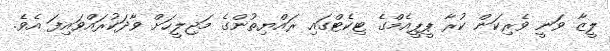
ލީޒާ ވަނީ ވެރިކަން ކުރާ ޕީޕީއެމްގެ ޓިކެޓްގައި ރައްޔިތުންގެ މަޖިލީހަށް ވާދަކުރައްވައިފަ އެވެ.